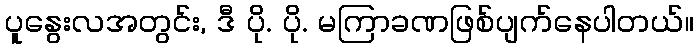
ပူနွေးလအတွင်း, ဒီ ပို. ပို. မကြာခဏဖြစ်ပျက်နေပါတယ်။